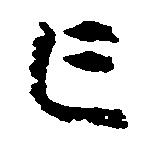
亡